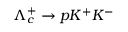
\Lambda _ { c } ^ { + } \to p K ^ { + } K ^ { - }